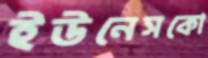
ইউনেসকো